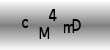
Text: cM4mD